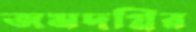
জমদগ্নির